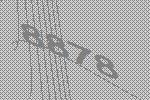
8878